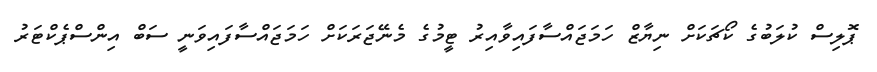
ޕޮލިސް ކުލަބުގެ ކޯޗަކަށް ނިޔާޒް ހަމަޖައްސާފައިވާއިރު ޓީމުގެ މެނޭޖަރަކަށް ހަމަޖައްސާފައިވަނީ ސަބް އިންސްޕެކްޓަރު